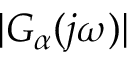
\vert G _ { \alpha } ( j \omega ) \vert